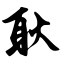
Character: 耿